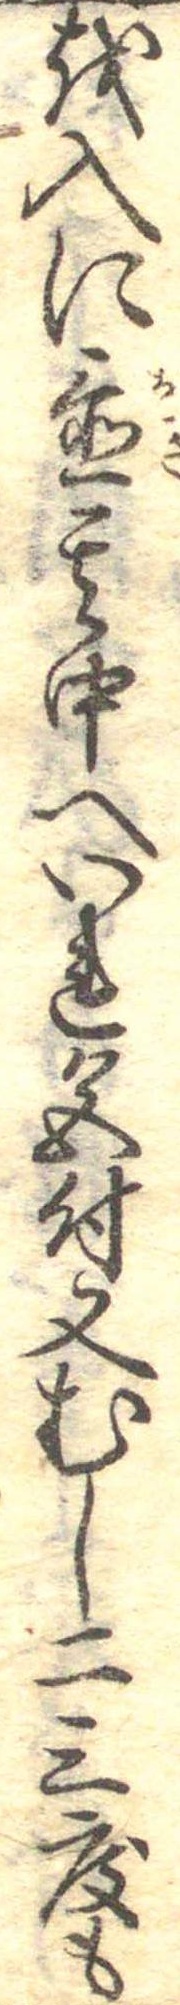
を入に置其中へいれ色付又むし二三度も